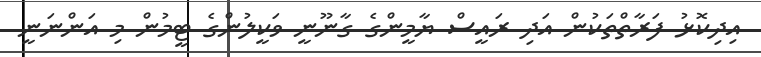
އިދިކޮޅު ފަރާތްތަކުން އަދި ރައީސް ޔާމީންގެ ގާނޫނީ ވަކީލުންގެ ޓީމުން މި އަންނަނީ